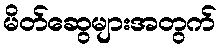
မိတ်ဆွေများအတွက်